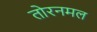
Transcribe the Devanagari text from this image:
तोरनमल